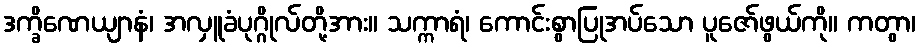
ဒက္ခိဏေယျာနံ၊ အလှူခံပုဂ္ဂိုလ်တို့အား။ သက္ကာရံ၊ ကောင်းစွာပြုအပ်သော ပူဇော်ဖွယ်ကို။ ကတွာ၊